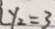
y _ { 2 } = 3